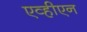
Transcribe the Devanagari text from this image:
एव्हीएन